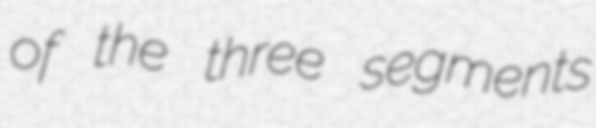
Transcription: of the three segments